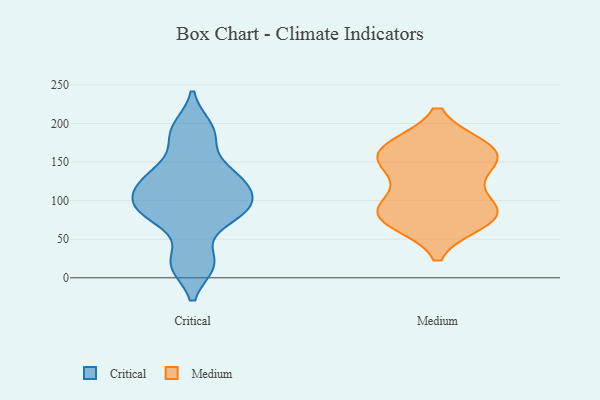
{"axis": {"x": "Net Income (USD K)", "y": "Value"}, "legend": ["Critical", "Medium"], "data": [{"x": "", "y": 19, "type": "Critical"}, {"x": "", "y": 82, "type": "Critical"}, {"x": "", "y": 139, "type": "Critical"}, {"x": "", "y": 125, "type": "Critical"}, {"x": "", "y": 113, "type": "Critical"}, {"x": "", "y": 182, "type": "Critical"}, {"x": "", "y": 89, "type": "Critical"}, {"x": "", "y": 94, "type": "Critical"}, {"x": "", "y": 194, "type": "Critical"}, {"x": "", "y": 18, "type": "Critical"}, {"x": "", "y": 84, "type": "Critical"}, {"x": "", "y": 126, "type": "Critical"}, {"x": "", "y": 86, "type": "Medium"}, {"x": "", "y": 143, "type": "Medium"}, {"x": "", "y": 73, "type": "Medium"}, {"x": "", "y": 153, "type": "Medium"}, {"x": "", "y": 83, "type": "Medium"}, {"x": "", "y": 169, "type": "Medium"}, {"x": "", "y": 164, "type": "Medium"}, {"x": "", "y": 76, "type": "Medium"}, {"x": "", "y": 86, "type": "Medium"}, {"x": "", "y": 164, "type": "Medium"}, {"x": "", "y": 169, "type": "Medium"}, {"x": "", "y": 90, "type": "Medium"}, {"x": "", "y": 128, "type": "Medium"}]}